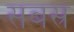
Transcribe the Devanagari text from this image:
सबस्र